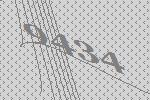
9434